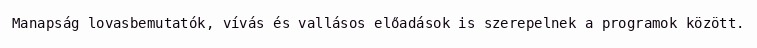
Manapság lovasbemutatók, vívás és vallásos előadások is szerepelnek a programok között.